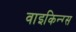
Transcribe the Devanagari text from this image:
वाइकिन्ग्स